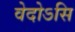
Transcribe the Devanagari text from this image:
वेदोऽसि